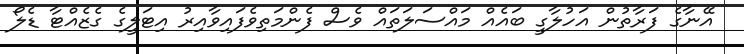
އޭނާގެ ފަރާތުން އަހުލާގީ ބައެއް މައްސަލަތައް ވެސް ފެންމަތިވެފައިވާއިރު އިޓަލީގެ ގެޒެއްޓާ ޑެލޯ